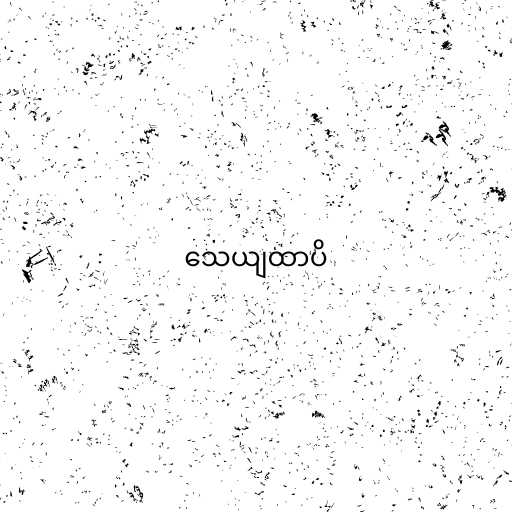
သေယျထာပိ